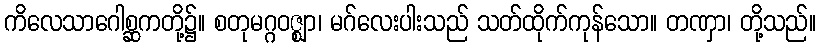
ကိလေသာဂေါစ္ဆကတို့၌။ စတုမဂ္ဂဝဇ္ဈာ၊ မဂ်လေးပါးသည် သတ်ထိုက်ကုန်သော။ တဏှာ၊ တို့သည်။